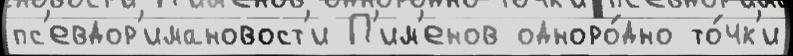
пс'евдор'имановост'и П'им'енов одноро́дно то́чк'и